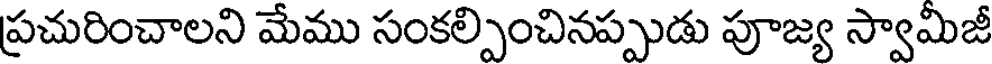
ప్రచురించాలని మేము సంకల్పించినప్పుడు పూజ్య స్వామిజీ